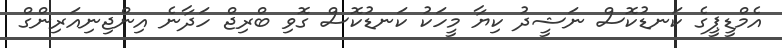
އެމްޑީޕީގެ ކަނޑުކޮސް ނަޝީދު ކިޔާ މީހަކު ކަނޑުކޮސް ގޮވި ބްރިޖް ހަދާނެ އިންޖިނިއަރިންގް